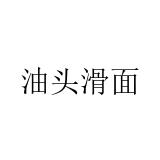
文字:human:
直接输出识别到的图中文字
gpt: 油头滑面